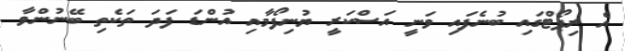
އެ ރިޕޯޓްގައި ބުނެފައި ވަނީ އަސްކަރީ ޔުނިފޯމާއި އުންޑަ ފަދަ ތަކެތި ބޭނުންވާ